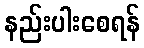
နည်းပါးစေရန်